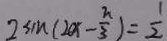
2 \sin ( 2 \alpha - \frac { \pi } { 3 } ) = \frac { 1 } { 2 }